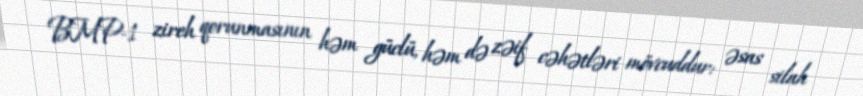
BMP-1 zireh qorunmasının həm güclü, həm də zəif cəhətləri mövcuddur: əsas silah